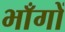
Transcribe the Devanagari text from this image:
भाँगों